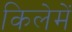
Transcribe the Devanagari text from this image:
किलेमें